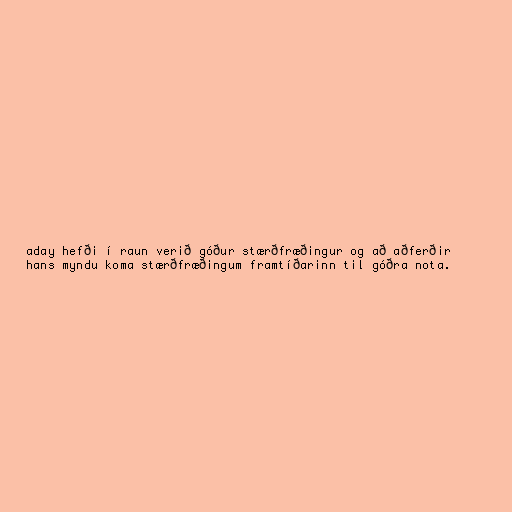
aday hefði í raun verið góður stærðfræðingur og að aðferðir
hans myndu koma stærðfræðingum framtíðarinn til góðra nota.